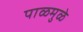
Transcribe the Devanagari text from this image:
पाळमुळे